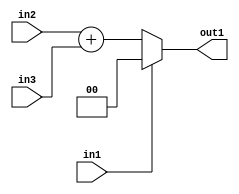
`timescale 1ps / 1ps
/*****************************************************************************
    Verilog RTL Description
    
    
    Created by: Stratus DpOpt 21.05.01 
*******************************************************************************/

module dut_entirecomputation_alt2_1 (
	in1,
	in2,
	in3,
	out1
	); /* architecture "behavioural" */ 
input  in1,
	in2,
	in3;
output [1:0] out1;
wire [1:0] asc001,
	asc002;

assign asc002 = 
	+(in2)
	+(in3);

reg [1:0] asc001_tmp_0;
assign asc001 = asc001_tmp_0;
always @ (in1 or asc002) begin
	case (in1)
		1'B1 : asc001_tmp_0 = 2'B00 ;
		default : asc001_tmp_0 = asc002 ;
	endcase
end

assign out1 = asc001;
endmodule

/* CADENCE  uLj0SAA= : u9/ySxbfrwZIxEzHVQQV8Q== ** DO NOT EDIT THIS LINE ******/